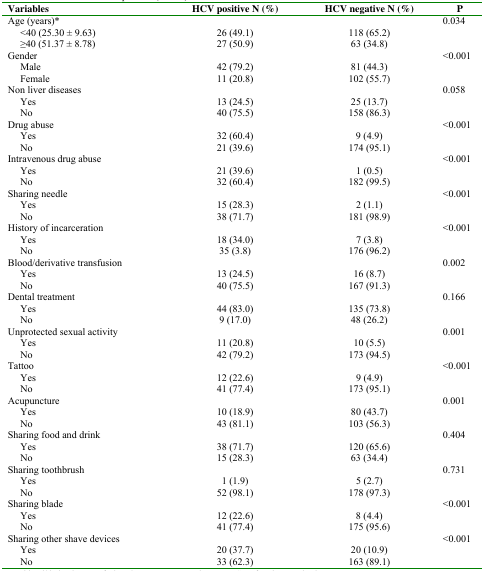
<table><thead><tr><td><b>Variables</b></td><td><b>HCV positive N (%)</b></td><td><b>HCV negative N (%)</b></td><td><b>P</b></td></tr></thead><tbody><tr><td>Age (years)*</td><td></td><td></td><td>0.034</td></tr><tr><td> &lt;40 (25.30 ± 9.63)</td><td>26 (49.1)</td><td>118 (65.2)</td><td></td></tr><tr><td> ≥40 (51.37 ± 8.78)</td><td>27 (50.9)</td><td>63 (34.8)</td><td></td></tr><tr><td>Gender</td><td></td><td></td><td>&lt;0.001</td></tr><tr><td> Male</td><td>42 (79.2)</td><td>81 (44.3)</td><td></td></tr><tr><td> Female</td><td>11 (20.8)</td><td>102 (55.7)</td><td></td></tr><tr><td>Non liver diseases</td><td></td><td></td><td>0.058</td></tr><tr><td> Yes</td><td>13 (24.5)</td><td>25 (13.7)</td><td></td></tr><tr><td> No</td><td>40 (75.5)</td><td>158 (86.3)</td><td></td></tr><tr><td>Drug abuse</td><td></td><td></td><td>&lt;0.001</td></tr><tr><td> Yes</td><td>32 (60.4)</td><td>9 (4.9)</td><td></td></tr><tr><td> No</td><td>21 (39.6)</td><td>174 (95.1)</td><td></td></tr><tr><td>Intravenous drug abuse</td><td></td><td></td><td>&lt;0.001</td></tr><tr><td> Yes</td><td>21 (39.6)</td><td>1 (0.5)</td><td></td></tr><tr><td> No</td><td>32 (60.4)</td><td>182 (99.5)</td><td></td></tr><tr><td>Sharing needle</td><td></td><td></td><td>&lt;0.001</td></tr><tr><td> Yes</td><td>15 (28.3)</td><td>2 (1.1)</td><td></td></tr><tr><td> No</td><td>38 (71.7)</td><td>181 (98.9)</td><td></td></tr><tr><td>History of incarceration</td><td></td><td></td><td>&lt;0.001</td></tr><tr><td> Yes</td><td>18 (34.0)</td><td>7 (3.8)</td><td></td></tr><tr><td> No</td><td>35 (3.8)</td><td>176 (96.2)</td><td></td></tr><tr><td>Blood/derivative transfusion</td><td></td><td></td><td>0.002</td></tr><tr><td> Yes</td><td>13 (24.5)</td><td>16 (8.7)</td><td></td></tr><tr><td> No</td><td>40 (75.5)</td><td>167 (91.3)</td><td></td></tr><tr><td>Dental treatment</td><td></td><td></td><td>0.166</td></tr><tr><td> Yes</td><td>44 (83.0)</td><td>135 (73.8)</td><td></td></tr><tr><td> No</td><td>9 (17.0)</td><td>48 (26.2)</td><td></td></tr><tr><td>Unprotected sexual activity</td><td></td><td></td><td>0.001</td></tr><tr><td> Yes</td><td>11 (20.8)</td><td>10 (5.5)</td><td></td></tr><tr><td> No</td><td>42 (79.2)</td><td>173 (94.5)</td><td></td></tr><tr><td>Tattoo</td><td></td><td></td><td>&lt;0.001</td></tr><tr><td> Yes</td><td>12 (22.6)</td><td>9 (4.9)</td><td></td></tr><tr><td> No</td><td>41 (77.4)</td><td>173 (95.1)</td><td></td></tr><tr><td>Acupuncture</td><td></td><td></td><td>0.001</td></tr><tr><td> Yes</td><td>10 (18.9)</td><td>80 (43.7)</td><td></td></tr><tr><td> No</td><td>43 (81.1)</td><td>103 (56.3)</td><td></td></tr><tr><td>Sharing food and drink</td><td></td><td></td><td>0.404</td></tr><tr><td> Yes</td><td>38 (71.7)</td><td>120 (65.6)</td><td></td></tr><tr><td> No</td><td>15 (28.3)</td><td>63 (34.4)</td><td></td></tr><tr><td>Sharing toothbrush</td><td></td><td></td><td>0.731</td></tr><tr><td> Yes</td><td>1 (1.9)</td><td>5 (2.7)</td><td></td></tr><tr><td> No</td><td>52 (98.1)</td><td>178 (97.3)</td><td></td></tr><tr><td>Sharing blade</td><td></td><td></td><td>&lt;0.001</td></tr><tr><td> Yes</td><td>12 (22.6)</td><td>8 (4.4)</td><td></td></tr><tr><td> No</td><td>41 (77.4)</td><td>175 (95.6)</td><td></td></tr><tr><td>Sharing other shave devices</td><td></td><td></td><td>&lt;0.001</td></tr><tr><td> Yes</td><td>20 (37.7)</td><td>20 (10.9)</td><td></td></tr><tr><td> No</td><td>33 (62.3)</td><td>163 (89.1)</td><td></td></tr></tbody></table>